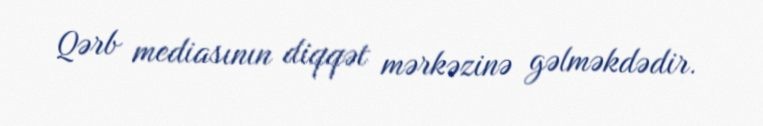
Qərb mediasının diqqət mərkəzinə gəlməkdədir.